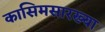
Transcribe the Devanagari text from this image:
कासिमसारख्या